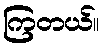
ကြတယ်။